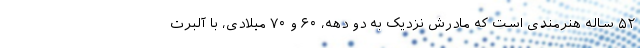
۵۲ ساله هنرمندی است که مادرش نزدیک به دو دهه، ۶۰ و ۷۰ میلادی، با آلبرت